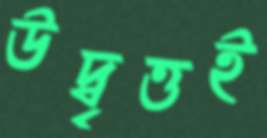
উদ্বৃত্তই